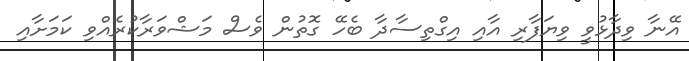
އޭނާ ވިދާޅުވީ ވިޔަފާރި އާއި އިގްތިސާދާ ބެހޭ ގޮތުން ވެސް މަޝްވަރާކުރެއްވި ކަމަށާއި